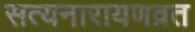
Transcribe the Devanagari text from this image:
सत्यनारायणव्रत